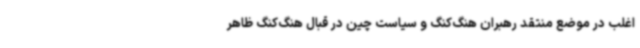
اغلب در موضع منتقد رهبران هنگ‌کنگ و سیاست چین در قبال هنگ‌کنگ ظاهر